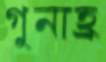
গুনাহ্র